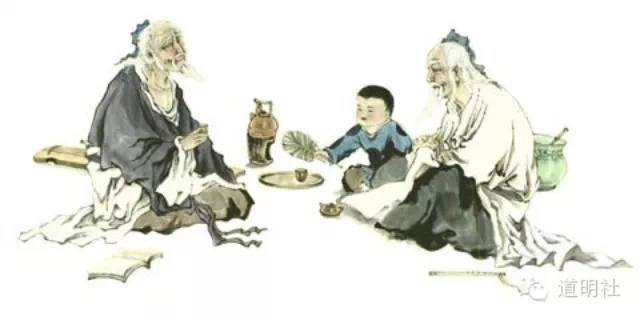
素富贵，行乎富贵素贫贱，行乎贫贱